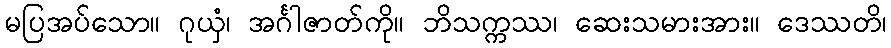
မပြအပ်သော။ ဂုယှံ၊ အင်္ဂါဇာတ်ကို။ ဘိသက္ကဿ၊ ဆေးသမားအား။ ဒေဿတိ၊